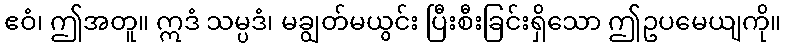
ဧဝံ၊ ဤအတူ။ ဣဒံ သမ္ပဒံ၊ မချွတ်မယွင်း ပြီးစီးခြင်းရှိသော ဤဥပမေယျကို။